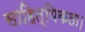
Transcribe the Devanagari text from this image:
साहित्यिकता।